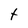
Character: T